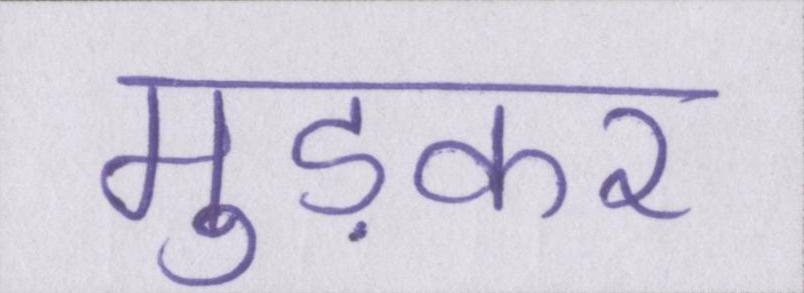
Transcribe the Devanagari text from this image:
मुड़कर